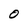
Character: 0